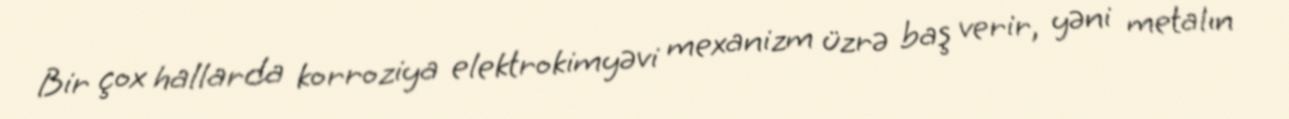
Bir çox hallarda korroziya elektrokimyəvi mexanizm üzrə baş verir, yəni metalın